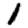
Digit: 1